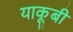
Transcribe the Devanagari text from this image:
याकूबी